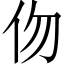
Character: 伆